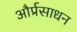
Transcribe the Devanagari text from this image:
और्प्रसाधन